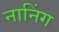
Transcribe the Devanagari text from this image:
नानिंग